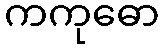
ကကုဓော